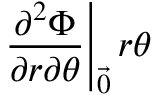
\left. \frac { \partial ^ { 2 } \Phi } { \partial r \partial \theta } \right| _ { \vec { 0 } } r \theta